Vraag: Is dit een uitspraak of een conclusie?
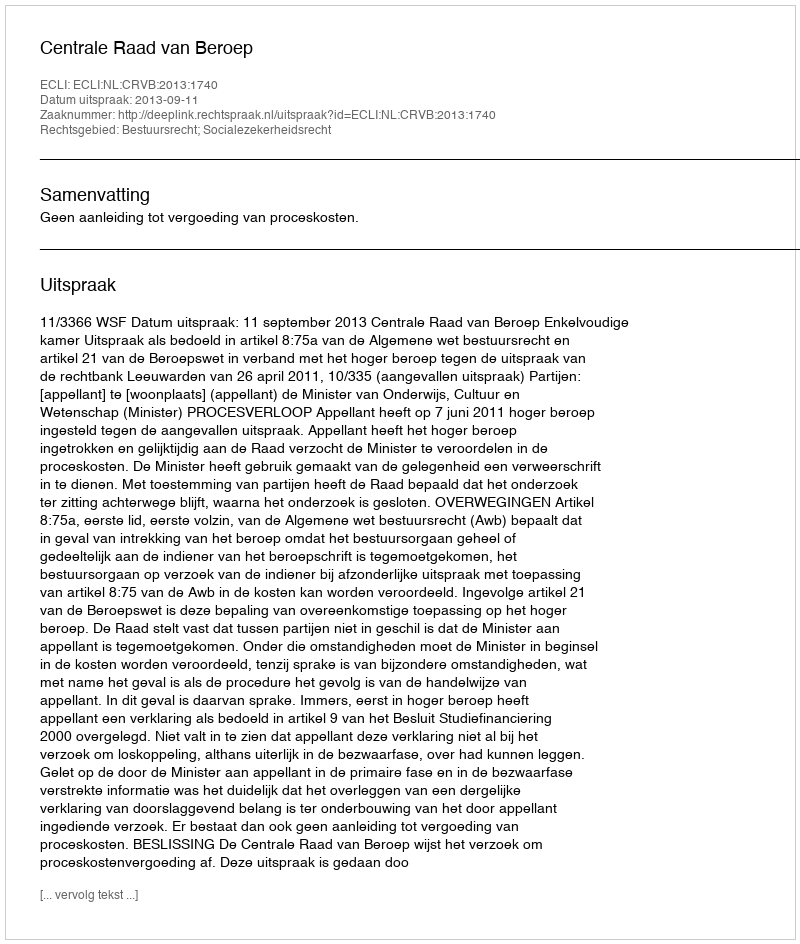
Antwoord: Uitspraak